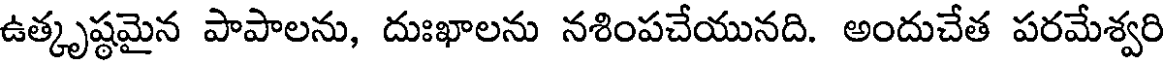
ఉత్కృష్ఠమైన పాపాలను, దుఃఖాలను నశింపచేయునది. అందుచేత పరమేశ్వరి